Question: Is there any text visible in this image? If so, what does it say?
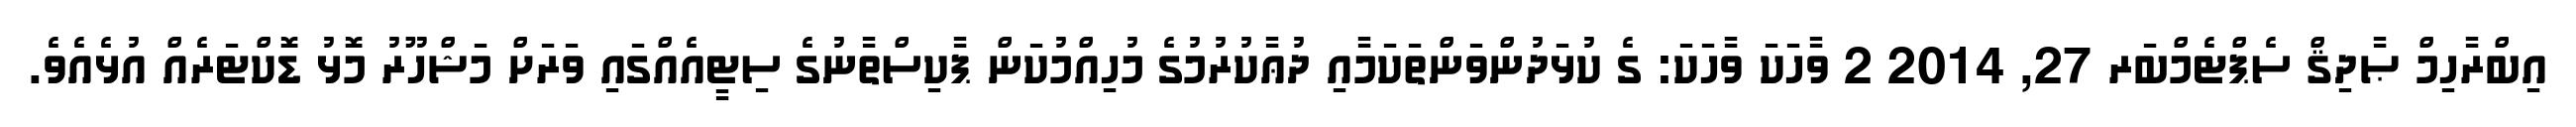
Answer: އިބްރާހިމް ޞާދިޤް ސެޕްޓެމްބަރ 27, 2014 2 ވާހަކަ ވާހަކަ: ގެ ކުޅަދުންވަންތަކަމާއި ދުޢާކުރުމުގެ މުހިއްމުކަން ޕާކިސްތާނުގެ ސިޓީއެއްގައި ވަރަށް މަޝްހޫރު މޮޅު ޑޮކްޓަރެއް އުޅެއެވެ.